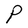
Character: P